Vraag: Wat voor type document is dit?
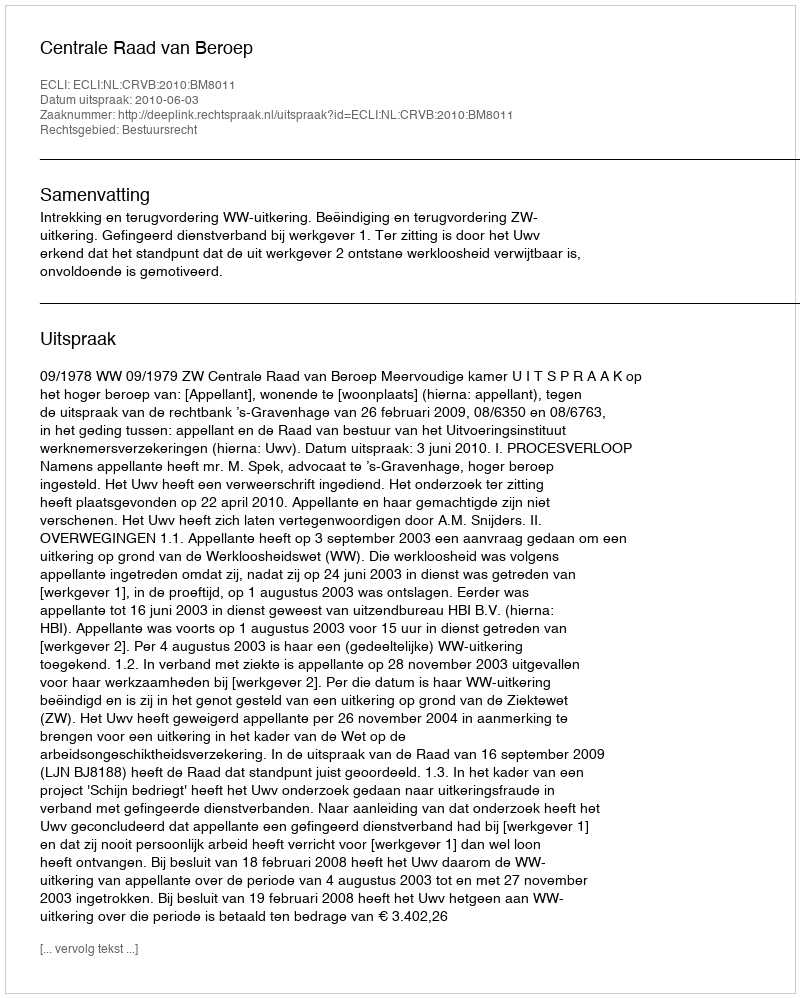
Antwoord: Uitspraak